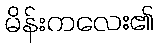
မိန်းကလေး၏